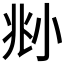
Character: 𡭰